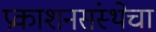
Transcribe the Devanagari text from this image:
प्रकाशनसंस्थेचा